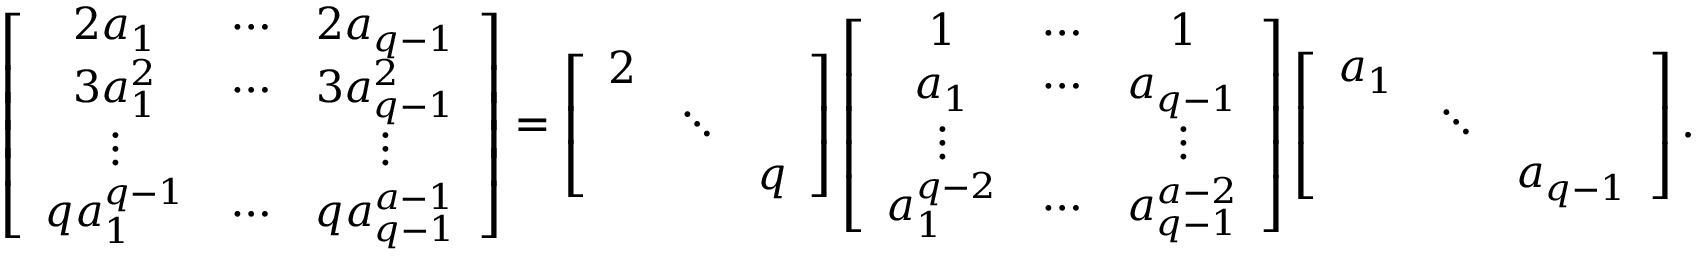
\left[ \begin{array} { c c c } { 2 a _ { 1 } } & { \cdots } & { 2 a _ { q - 1 } } \\ { 3 a _ { 1 } ^ { 2 } } & { \cdots } & { 3 a _ { q - 1 } ^ { 2 } } \\ { \vdots } & & { \vdots } \\ { q a _ { 1 } ^ { q - 1 } } & { \cdots } & { q a _ { q - 1 } ^ { a - 1 } } \end{array} \right] = \left[ \begin{array} { c c c } { 2 } \\ & { \ddots } \\ & & { q } \end{array} \right] \left[ \begin{array} { c c c } { 1 } & { \cdots } & { 1 } \\ { a _ { 1 } } & { \cdots } & { a _ { q - 1 } } \\ { \vdots } & & { \vdots } \\ { a _ { 1 } ^ { q - 2 } } & { \cdots } & { a _ { q - 1 } ^ { a - 2 } } \end{array} \right] \left[ \begin{array} { c c c } { a _ { 1 } } \\ & { \ddots } \\ & & { a _ { q - 1 } } \end{array} \right] .